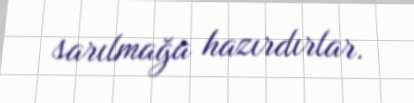
sarılmağa hazırdırlar.